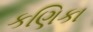
કણિકા